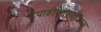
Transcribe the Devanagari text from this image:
हेपाडीएनएवायरस